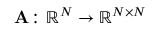
\mathbf { A } \colon \mathbb { R } ^ { N } \to \mathbb { R } ^ { N \times N }